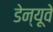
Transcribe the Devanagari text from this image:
डेन्यूवे